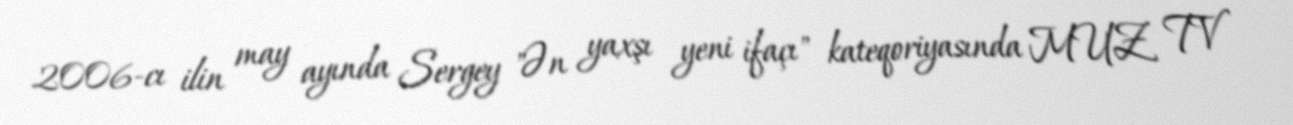
2006-cı ilin may ayında Sergey "Ən yaxşı yeni ifaçı" kateqoriyasında MUZ TV